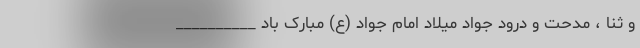
و ثنا ، مدحت و درود جواد میلاد امام جواد (ع) مبارک باد __________